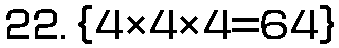
22. {4×4×4=64}